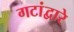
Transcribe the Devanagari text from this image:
गटांद्वारे